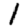
Digit: 1